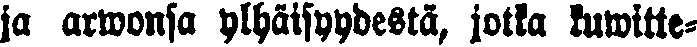
ja arwonsa ylhäisyydestä, jotka kuwitte-